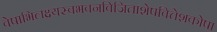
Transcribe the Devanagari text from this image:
वेषाभिलक्ष्यस्वभवनविजिताशेषवित्तेशकोषा